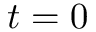
t = 0